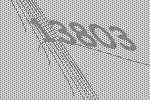
13803